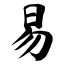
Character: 易